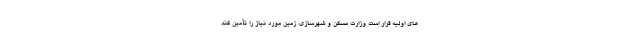
های اولیه قرار است وزارت مسکن و شهرسازی، زمین مورد نیاز را تأمین کند